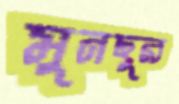
মুনছুর